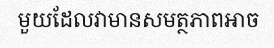
មួយដែលវាមានសមត្ថភាពអាច